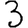
Digit: 3